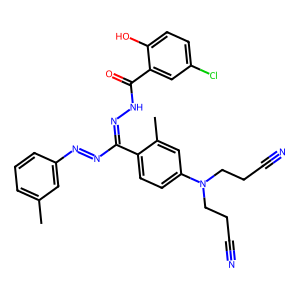
SMILES: Cc1cccc(N=NC(=NNC(=O)c2cc(Cl)ccc2O)c2ccc(N(CCC#N)CCC#N)cc2C)c1
Inhibits HIV replication: No